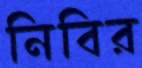
নিবির